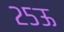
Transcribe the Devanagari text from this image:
२५ऊ